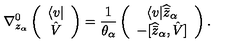
\nabla _ { z _ { \alpha } } ^ { 0 } \left( \begin{array} { c } { \langle v | } \\ { \hat { V } } \\ \end{array} \right) = \frac { 1 } { \theta _ { \alpha } } \left( \begin{array} { c } { \langle v | \widehat { \bar { z } } _ { \alpha } } \\ { - \lbrack \widehat { \bar { z } } _ { \alpha } , \hat { V } \rbrack } \\ \end{array} \right) .